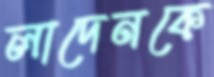
লাদেনকে